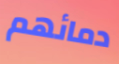
دمائهم